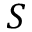
S